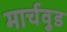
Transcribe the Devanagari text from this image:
मार्चवुड